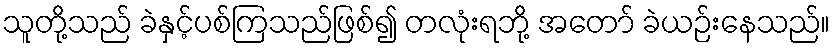
သူတို့သည် ခဲနှင့်ပစ်ကြသည်ဖြစ်၍ တလုံးရဘို့ အတော် ခဲယဉ်းနေသည်။